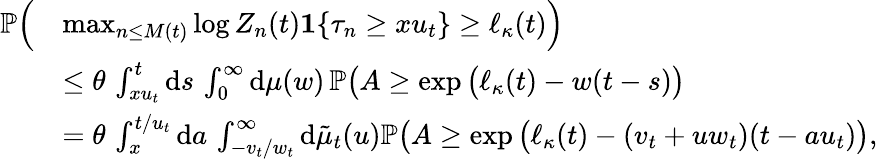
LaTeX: \begin{array}{rl}{\mathbb P\Big(}&{\operatorname*{max}_{n\leq M(t)}\log Z_{n}(t)\boldsymbol 1\{ \tau_{n}\geq xu_{t}\} \geq\ell_{\kappa}(t)\Big)}\\ &{\leq\theta\, \int_{xu_{t}}^{t}\mathrm ds\, \int_{0}^{\infty}\mathrm d\mu(w)\, \mathbb P\big(A\geq\exp\big(\ell_{\kappa}(t)-w(t-s)\big)}\\ &{=\theta\, \int_{x}^{t/u_{t}}\mathrm da\, \int_{-v_{t}/w_{t}}^{\infty}\mathrm d\tilde{\mu}_{t}(u)\mathbb P\big(A\geq\exp\big(\ell_{\kappa}(t)-(v_{t}+uw_{t})(t-au_{t})\big),}\end{array}